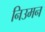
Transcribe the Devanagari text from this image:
निउमन